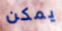
يمكن